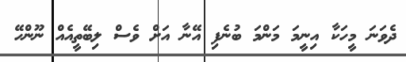
ދެވަނަ މީހަކާ އިނީމަ މަންމަ ބުނެފި އޭނާ އަށް ވެސް ލިބޭތީއެއް ނޫންހޭ